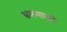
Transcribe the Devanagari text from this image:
भ्रमणामुळे